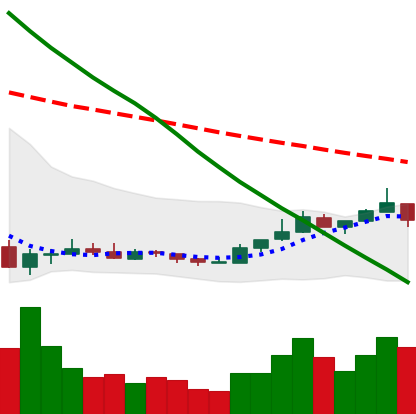
Ticker: ETC-USD
Chart end date: 2018-12-25
Forward return: 12.27%
Label: up_7plus